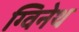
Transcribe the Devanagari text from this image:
ग्विनेथ